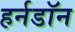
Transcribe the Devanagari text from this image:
हर्नडॉन